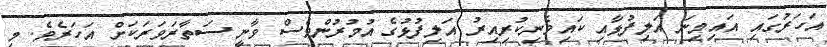
އަހަރުގައި އައިމިނަ އަލިފުޅާއި ކައިވެނިކުރިއިރު އަލިފުޅުގެ އުމުރުންވެސް ވާނީ ސަތާރަވަރަކަށް އަހަރެވެ. މި